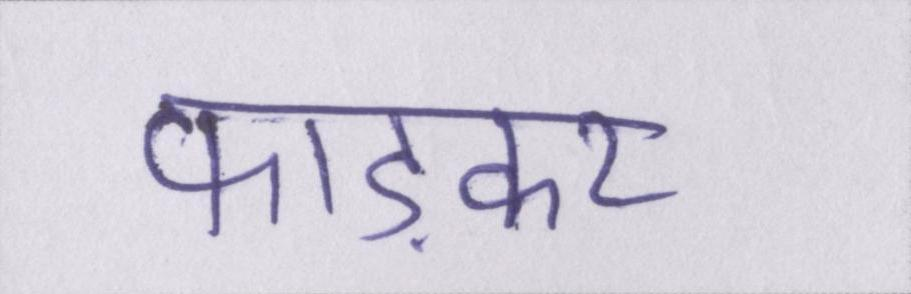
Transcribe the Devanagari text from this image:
फाड़कर